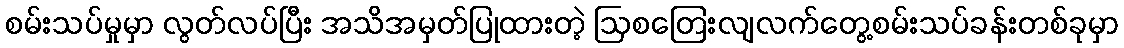
စမ်းသပ်မှုမှာ လွတ်လပ်ပြီး အသိအမှတ်ပြုထားတဲ့ ဩစတြေးလျလက်တွေ့စမ်းသပ်ခန်းတစ်ခုမှာ